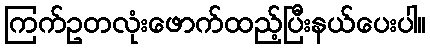
ကြက်ဥတလုံးဖောက်ထည့်ပြီးနယ်ပေးပါ။